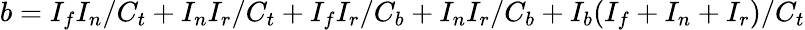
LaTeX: b=I_{f}I_{n}/C_{t}+I_{n}I_{r}/C_{t}+I_{f}I_{r}/C_{b}+I_{n}I_{r}/C_{b}+I_{b}(I_{f}+I_{n}+I_{r})/C_{t}